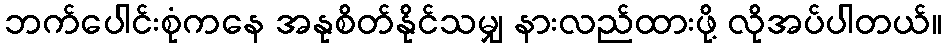
ဘက်ပေါင်းစုံကနေ အနုစိတ်နိုင်သမျှ နားလည်ထားဖို့ လိုအပ်ပါတယ်။